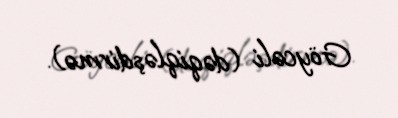
Göycəli (dəqiqləşdirmə).